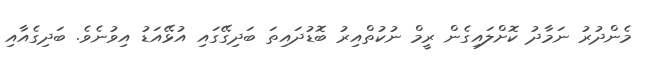
މެންދުރު ނަމާދު ކޮށްލައިގެން ރީމް ނުކުތްއިރު ބޮޑުދައިތަ ބަދިގޭގައި އުޅޭއަޑު އިވުނެވެ. ބަދިގެއާއި